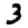
Digit: 3